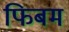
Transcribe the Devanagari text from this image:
फिबम